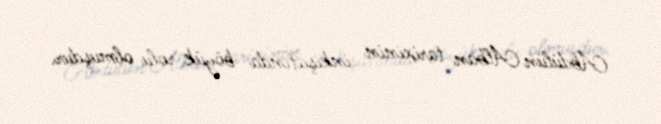
Abdülün Alban tarixinin inkişafında böyük rolu olmuşdur.